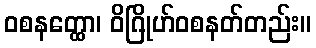
ဝစနတ္ထော၊ ဝိဂြိုဟ်ဝစနတ်တည်း။